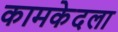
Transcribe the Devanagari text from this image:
कामकेदला